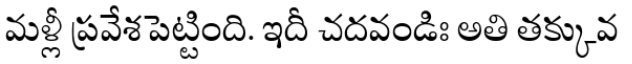
మళ్లీ ప్రవేశపెట్టింది. ఇదీ చదవండిః అతి తక్కువ